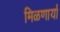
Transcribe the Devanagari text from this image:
मिळणार्या